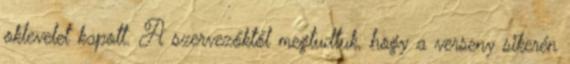
oklevelet kapott. A szervezőktől megtudtuk, hogy a verseny sikerén